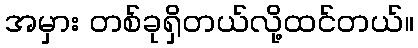
အမှား တစ်ခုရှိတယ်လို့ထင်တယ်။